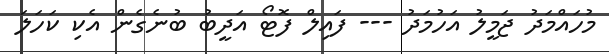
މުހައްމަދު ޖަމީލު އަހުމަދު --- ފައިލް ފޮޓޯ އަދީބު ބުނެގެން އެކި ކަހަލަ